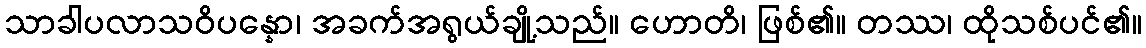
သာခါပလာသဝိပန္နော၊ အခက်အရွယ်ချို့သည်။ ဟောတိ၊ ဖြစ်၏။ တဿ၊ ထိုသစ်ပင်၏။